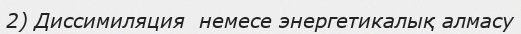
2) Диссимиляция  немесе энергетикалық алмасу